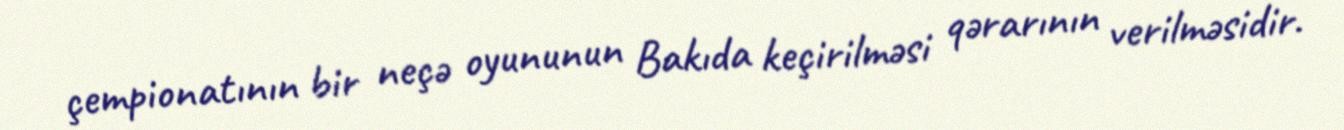
çempionatının bir neçə oyununun Bakıda keçirilməsi qərarının verilməsidir.